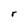
Character: r